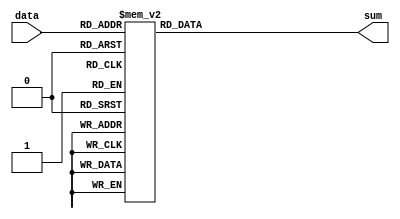
module three_two_comp (data,sum);

input [2:0] data;
output [1:0] sum;

reg [1:0] sum;

always @(data) begin
	case (data)
	  0: sum=0;
	  1: sum=1;
	  2: sum=1;
	  3: sum=2;
	  4: sum=1;
	  5: sum=2;
	  6: sum=2;
	  7: sum=3;
	  default: sum=0;
	endcase
end
endmodule